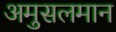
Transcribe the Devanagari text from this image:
अमुसलमान